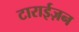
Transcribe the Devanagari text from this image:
टाराईज़न